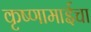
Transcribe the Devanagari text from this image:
कृष्णामाईचा